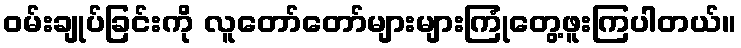
ဝမ်းချုပ်ခြင်းကို လူတော်တော်များများကြုံတွေ့ဖူးကြပါတယ်။